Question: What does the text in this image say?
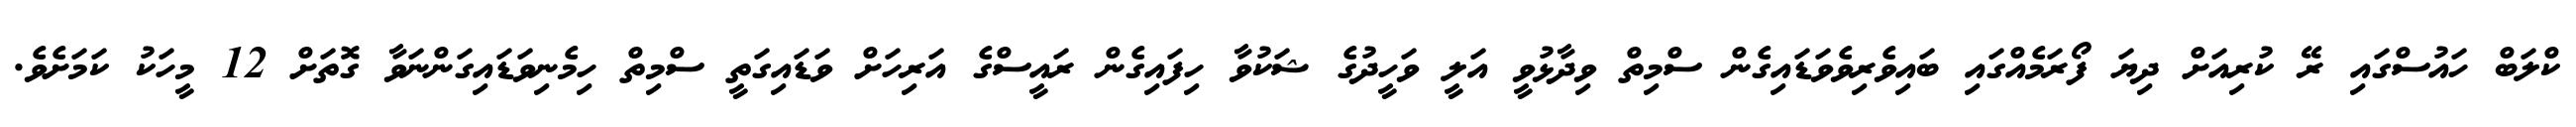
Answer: ކްލަބް ހައުސްގައި ރޭ ކުރިއަށް ދިޔަ ފޯރަމެއްގައި ބައިވެރިވެވަޑައިގެން ސްމިތް ވިދާޅުވީ އަލީ ވަހީދުގެ ޝަކުވާ ހިފައިގެން ރައީސްގެ އަރިހަށް ވަޑައިގަތީ ސްމިތް ހިމެނިވަޑައިގަންނަވާ ގޮތަށް 12 މީހަކު ކަމަށެވެ.